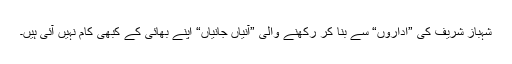
شہباز شریف کی ”اداروں“ سے بنا کر رکھنے والی ”آنیاں جانیاں“ اپنے بھائی کے کبھی کام نہیں آئی ہیں۔